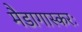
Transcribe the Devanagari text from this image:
मैडागास्करः